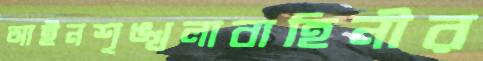
আইনশৃঙ্খলাবাহিনীর